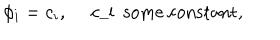
\phi _ { i } = c _ { i } , \quad \mathrm { ~ c _ { i } ~ s o m e ~ c o n s t a n t } ,